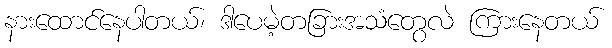
နားထောင်နေပါတယ်၊ ဒါပေမဲ့တခြားအသံတွေလဲ ကြားနေတယ်